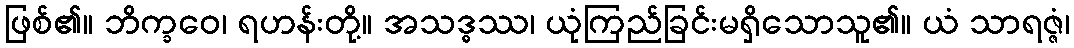
ဖြစ်၏။ ဘိက္ခဝေ၊ ရဟန်းတို့။ အသဒ္ဓဿ၊ ယုံကြည်ခြင်းမရှိသောသူ၏။ ယံ သာရဇ္ဇံ၊